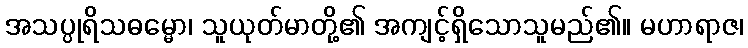
အသပ္ပုရိသဓမ္မော၊ သူယုတ်မာတို့၏ အကျင့်ရှိသောသူမည်၏။ မဟာရာဇ၊